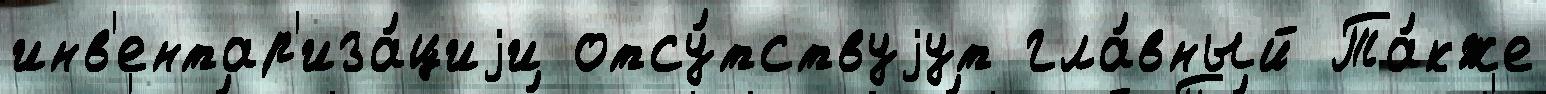
инв'ентар'иза́циjи отсу́тствуjут гла́вный Та́кже